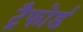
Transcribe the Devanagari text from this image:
ट्रैफोर्ड